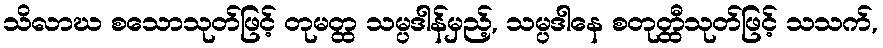
သိလာဃ စသောသုတ်ဖြင့် တုမတ္ထ သမ္ပဒါန်မှည့်, သမ္ပဒါနေ စတုတ္ထီသုတ်ဖြင့် သသက်,